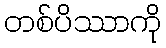
တစ်ပိဿာကို